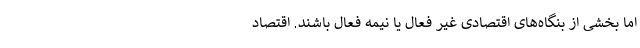
اما بخشی از بنگاه‌های اقتصادی غیر فعال یا نیمه فعال باشند. اقتصاد